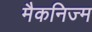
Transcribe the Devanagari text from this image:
मैकनिज्म